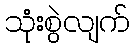
သုံးစွဲလျက်